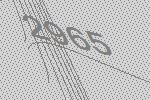
2965